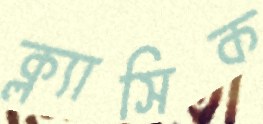
ক্ল্যাসিক